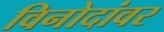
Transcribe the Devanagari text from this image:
विनोदांवर